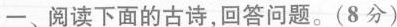
一、阅读下面的古诗，回答问题。(8分)